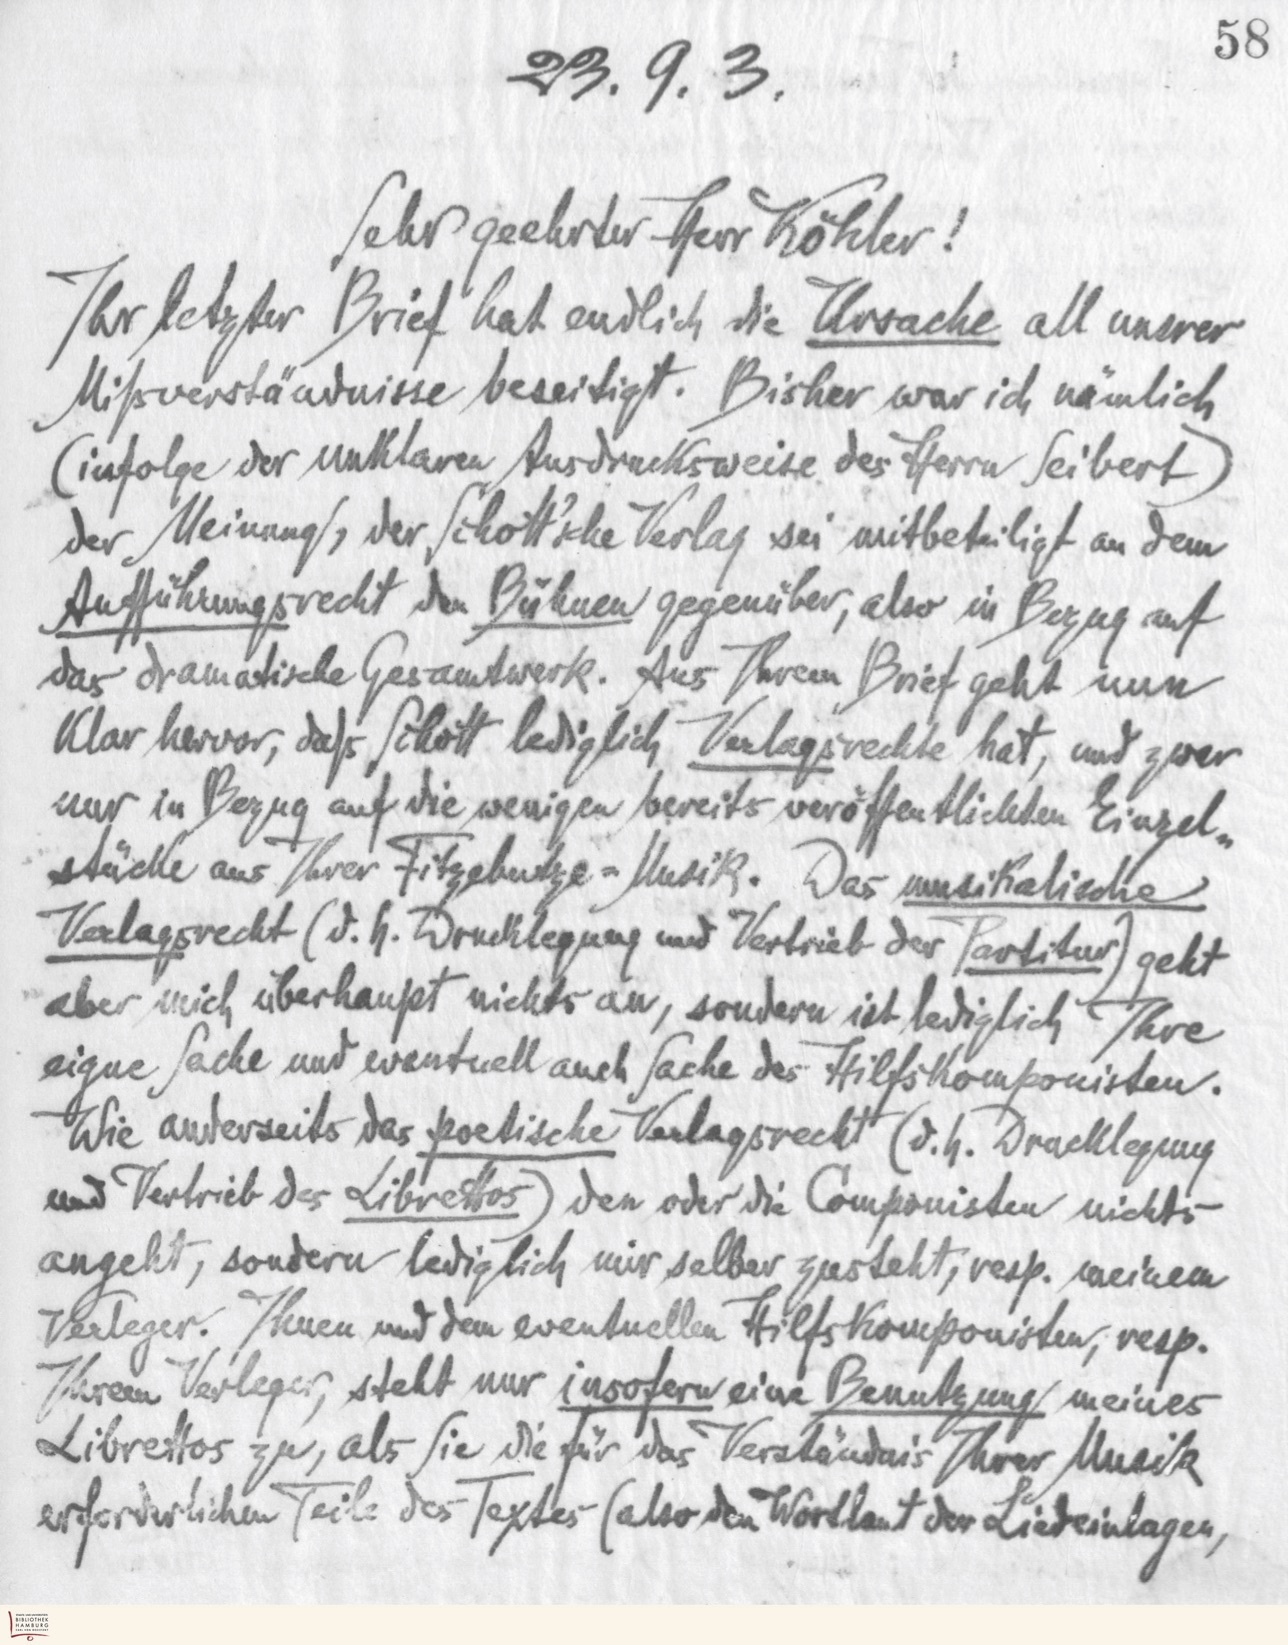
23. 9. 3
Sehr geehrter Herr Köhler!
Ihr letzter Brief hat endlich die Ursache all unsrer
Mißverständnisse beseitigt. Bisher war ich nämlich
(infolge der unklaren Ausdrucksweise des Herrn Seibert)
der Meinung, der Schott'sche Verlag sei mitbeteiligt an dem
Aufführungsrecht den Bühnen gegenüber, also in Bezug auf
das dramatische Gesamtwerk. Aus Ihrem Brief geht nun
klar hervor, daß Schott lediglich Verlagsrechte hat, und zwar
nur in Bezug auf die wenigen bereits veröffentlichten Einzel-
stücke aus Ihrer Fitzebutze-Musik. Das musikalische
Verlagsrecht (d.h. Drucklegung und Vertrieb der Partitur) geht
aber mich überhaupt nichts an, sondern ist lediglich Ihre
eigne Sache und eventuell auch Sache des Hilfskomponisten.
Wie anderseits das poetische Verlagsrecht (d.h. Drucklegung
und Vertrieb des Librettos) den oder die Componisten nichts
angeht, sondern lediglich mir selber zusteht, resp. meinem
Verleger. Ihnen und dem eventuellen Hilfskomponisten, resp.
Ihrem Verleger, steht nur insofern eine Benutzung meines
Librettos zu, als Sie die für das Verständnis Ihrer Musik
erforderlichen Teile des Textes (also den Wortlaut der Liedeinlagen,

58